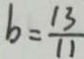
b = \frac { 1 3 } { 1 1 }